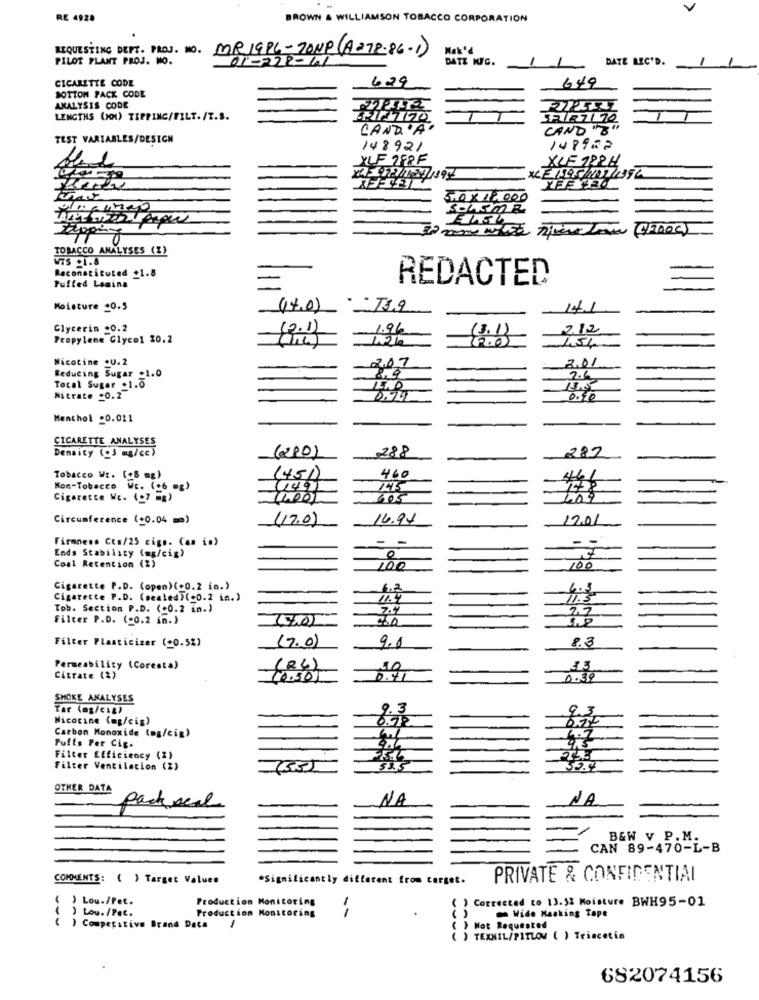
V
RE 4928
BROWN & WILLIAMSON TOBACCO CORPORATION
REQUESTING DEPT. PROJ. NO. MR19PL-ZONE (A278-86-1)
Mak'd
PILOT PLANT PROJ. MO.
DATE WIC.
DATE REC'D.
CICARETTE CODE
629
649
BOTTON PACK CODE
ANALYSIS CODE
LENGTHS (ON) TIPPING/FILT. /T.S.
SAIR7 70
CAND'A
CAND "B
TEST VARIABLES/DESIGN
148921
148952
XLF 288F
XLF 122H
.40 × 1.000
TOBACCO ANALYSES (Z)
WTS .1.8
Reconstituted _1.8
-
REDACTED
Puffed Lasina
Moisture .0.5
(14.0)
Glycerin .0.2
(2.1)
1.96
2.1.2
Propylene Glycol 20.2
Nicotine .U.2
2.07
2.01
Reducing Sugar _1.0
2.6
Total Sugar .1.0
Nitrate -0.2
0.50
Menthol .0.021
CIGARETTE ANALYSES
(280)
288
282
Density (3 mg/cc)
Tobacco WE. (+8 =2)
(45)
460
461
Non-Tobacco Wc. (26 mg)
1415
Cigarette WE. (97 -2)
605
409
Circumference (+0.04 =)
(17.0)
16.94
12.01
Firmness Com/25 cigs. (am io)
- -
Ends Stability (mg/cig)
0
Coal Retention (2)
100
100
Cigarette P.D. (open) (+0.2 in.)
6.2
Cigarette P.D. (seated)(+0.2 in.)
Tob. Section P.D. (+0.2 in.)
7.4
Filter P.D. (-0.2 in.)
(7.0)
9.0
83
Filter Plasticizer (+0.52)
Permeability (CorestA)
(24)
50
33
Citrate (2)
10.301
0.39
SMOKE ANALYSES
Tar (az/cig)
9.3
9.3
Nicocine (og/eig)
Puits Per Cig.
Carbon Monoxide (mg/cig)
4.7
9.5
Filter Efficiency (2)
Filter Ventilacion (2)
OTHER DATA
NA
NA
pack real
B&W V P. M.
CAN 89-470-L-B
COMMENTS: ( ) Target Values
*Significantly different from target.
PRIVATE & CONFIDENTIAL
( ) Lou./Pet.
Production Monitoring
( ) Corrected to 13.52 Moisture BWH95-01
) Lou./Pet.
Production Konstoring
Wide Masking Tape
( ) Competitive Brand Dats
1
( ) Not Requested
( ) TEXMIL/PITLOW ( ) Triscetia
682074156